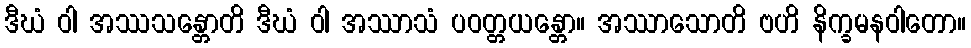
ဒီဃံ ဝါ အဿသန္တောတိ ဒီဃံ ဝါ အဿာသံ ပဝတ္တယန္တော။ အဿာသောတိ ဗဟိ နိက္ခမနဝါတော။